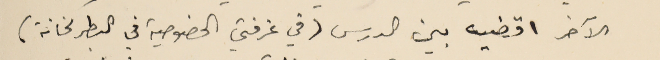
الآخر اقضيه بين الدرس (في غرفتي الخصوصية في البطركخانة)